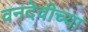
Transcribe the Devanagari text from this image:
वनदेवीच्या